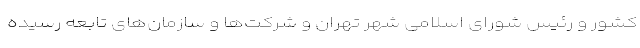
کشور و رئیس شورای اسلامی شهر تهران و شرکت‌ها و سازمان‌های تابعه رسیده